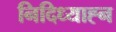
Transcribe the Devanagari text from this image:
निदिध्याह्न